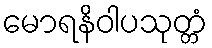
မောရနိဝါပသုတ္တံ